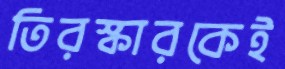
তিরস্কারকেই